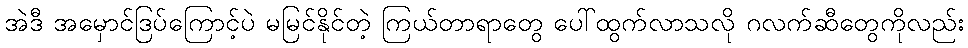
အဲဒီ အမှောင်ဒြပ်ကြောင့်ပဲ မမြင်နိုင်တဲ့ ကြယ်တာရာတွေ ပေါ်ထွက်လာသလို ဂလက်ဆီတွေကိုလည်း